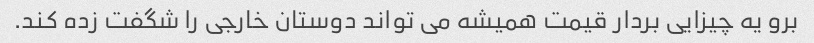
برو یه چیزایی بردار قیمت همیشه می تواند دوستان خارجی را شگفت زده کند.